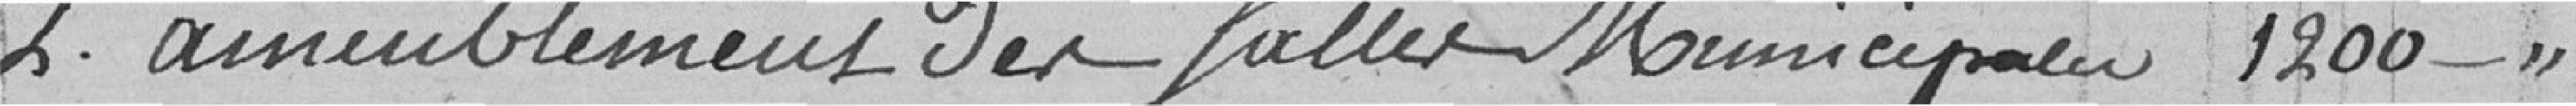
2° ameublement des salles Municipales 1200